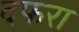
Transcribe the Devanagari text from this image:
दफरा